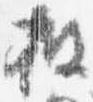
披